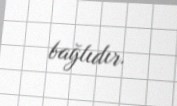
bağlıdır.